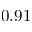
0 . 9 1